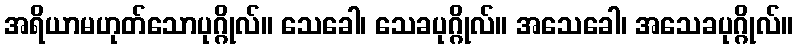
အရိယာမဟုတ်သောပုဂ္ဂိုလ်။ သေခေါ၊ သေခပုဂ္ဂိုလ်။ အသေခေါ၊ အသေခပုဂ္ဂိုလ်။